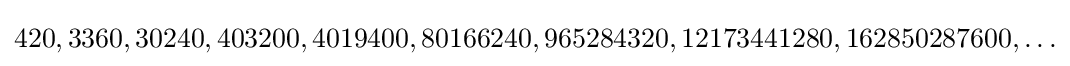
420,3360,30240,403200,4019400,80166240,965284320,12173441280,162850287600,\ldots